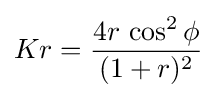
Kr={\frac {4r\,\cos ^{2}\phi }{(1+r)^{2}}}